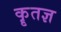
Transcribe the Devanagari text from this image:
कॄतज्ञ